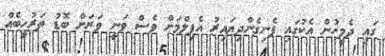
ގައި ދެމީހުން އެކުގައި ފެނިގެންދިޔައިރު އެފިލްމަށް ވެސް ވަނީ ވަރަށް ބޮޑު ތަރުހީބެއް